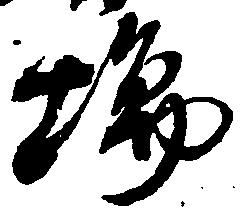
場